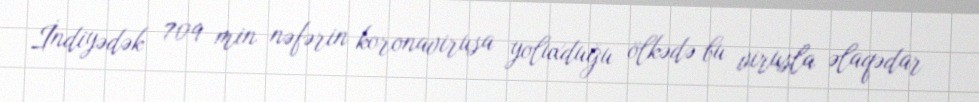
İndiyədək 709 min nəfərin koronavirusa yoluxduğu ölkədə bu virusla əlaqədar